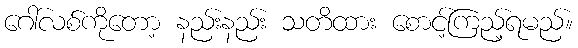
ဂေါ်လစ်ကိုတော့ နည်းနည်း သတိထား စောင့်ကြည့်ရမည်။